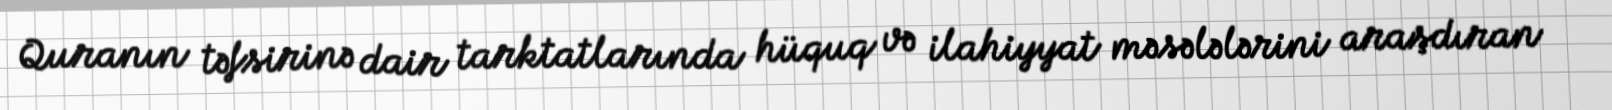
Quranın təfsirinə dair tarktatlarında hüquq və ilahiyyat məsələlərini araşdıran